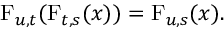
\operatorname { F } _ { u , t } ( \operatorname { F } _ { t , s } ( x ) ) = \operatorname { F } _ { u , s } ( x ) .